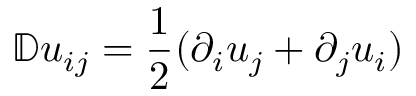
\mathbb { D } u _ { i j } = \frac { 1 } { 2 } ( \partial _ { i } u _ { j } + \partial _ { j } u _ { i } )